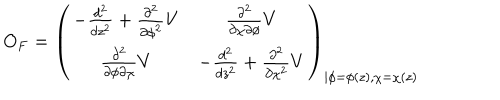
O _ { F } = \left( \begin{array} { c c } { { - \frac { d ^ { 2 } } { d z ^ { 2 } } + \frac { \partial ^ { 2 } } { \partial \phi ^ { 2 } } V } } & { { \frac { \partial ^ { 2 } } { \partial \chi \partial \phi } V } } \\ { { \frac { \partial ^ { 2 } } { \partial \phi \partial \chi } V } } & { { - \frac { d ^ { 2 } } { d z ^ { 2 } } + \frac { \partial ^ { 2 } } { \partial \chi ^ { 2 } } V } } \\ \end{array} \right) _ { \vert \phi = \phi ( z ) , \chi = \chi ( z ) }